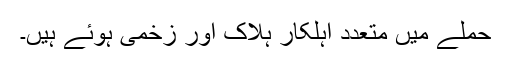
حملے میں متعدد اہلکار ہلاک اور زخمی ہوئے ہیں۔